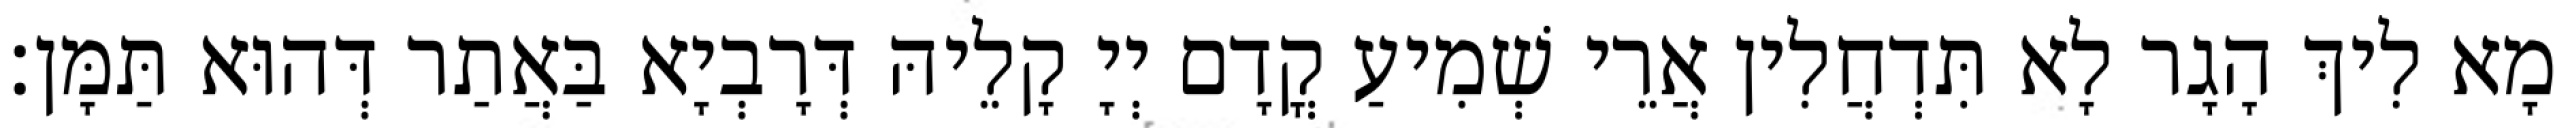
מָא לִיךְ הָגָר לָא תִּדְחֲלִין אֲרֵי שְׁמִיעַ קֳדָם יְיָ קָלֵיהּ דְּרָבְיָא בַּאֲתַר דְּהוּא תַּמָּן׃